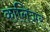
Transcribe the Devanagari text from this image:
कालिञर